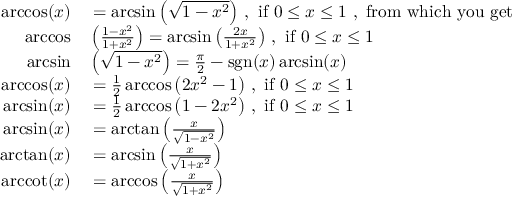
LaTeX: \begin{array} { r l } { \operatorname { a r c c o s } ( x ) } & { { } = \arcsin \left( { \sqrt { 1 - x ^ { 2 } } } \right) \, , { \mathrm { ~ i f ~ } } 0 \leq x \leq 1 { \mathrm { ~ , ~ f r o m ~ w h i c h ~ y o u ~ g e t ~ } } } \\ { \operatorname { a r c c o s } } & { { } \left( { \frac { 1 - x ^ { 2 } } { 1 + x ^ { 2 } } } \right) = \arcsin \left( { \frac { 2 x } { 1 + x ^ { 2 } } } \right) \, , { \mathrm { ~ i f ~ } } 0 \leq x \leq 1 } \\ { \arcsin } & { { } \left( { \sqrt { 1 - x ^ { 2 } } } \right) = { \frac { \pi } { 2 } } - \operatorname { s g n } ( x ) \arcsin ( x ) } \\ { \operatorname { a r c c o s } ( x ) } & { { } = { \frac { 1 } { 2 } } \operatorname { a r c c o s } \left( 2 x ^ { 2 } - 1 \right) \, , { \mathrm { ~ i f ~ } } 0 \leq x \leq 1 } \\ { \arcsin ( x ) } & { { } = { \frac { 1 } { 2 } } \operatorname { a r c c o s } \left( 1 - 2 x ^ { 2 } \right) \, , { \mathrm { ~ i f ~ } } 0 \leq x \leq 1 } \\ { \arcsin ( x ) } & { { } = \arctan \left( { \frac { x } { \sqrt { 1 - x ^ { 2 } } } } \right) } \\ { \arctan ( x ) } & { { } = \arcsin \left( { \frac { x } { \sqrt { 1 + x ^ { 2 } } } } \right) } \\ { \operatorname { a r c c o t } ( x ) } & { { } = \operatorname { a r c c o s } \left( { \frac { x } { \sqrt { 1 + x ^ { 2 } } } } \right) } \end{array}